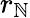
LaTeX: r_{\mathbb{N}}